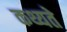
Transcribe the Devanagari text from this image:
कथ्यते